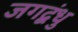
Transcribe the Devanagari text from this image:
जगद्बंधु